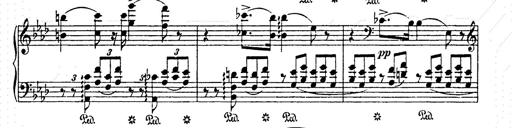
Title: AnnÃ©es de pÃ¨lerinage II
Composer: Franz Liszt